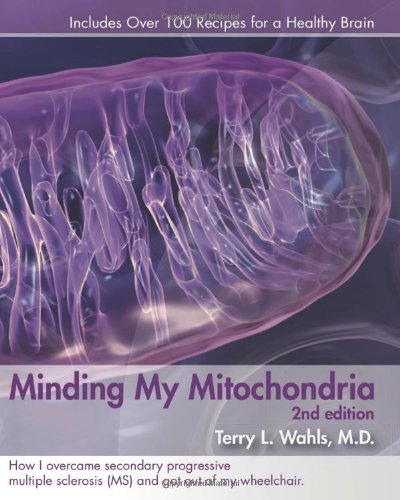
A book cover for Minding My Mitochondria 2nd Edition: How I overcame secondary progressive  multiple sclerosis (MS) and got out of my  wheelchair.; Terry L. Wahls; Medical Books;